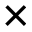
\times